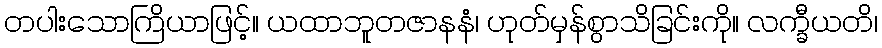
တပါးသောကြိယာဖြင့်။ ယထာဘူတဇာနနံ၊ ဟုတ်မှန်စွာသိခြင်းကို။ လက္ခီယတိ၊